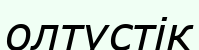
олтүстік